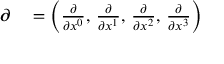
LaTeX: \begin{array} { r l } { { \boldsymbol { \partial } } } & { { } = \left( { \frac { \partial } { \partial x ^ { 0 } } } , \, { \frac { \partial } { \partial x ^ { 1 } } } , \, { \frac { \partial } { \partial x ^ { 2 } } } , \, { \frac { \partial } { \partial x ^ { 3 } } } \right) } \end{array}